NAE_kihelkonnakohtute_kirjad_ja_protokollid_1869-1889, lk 4
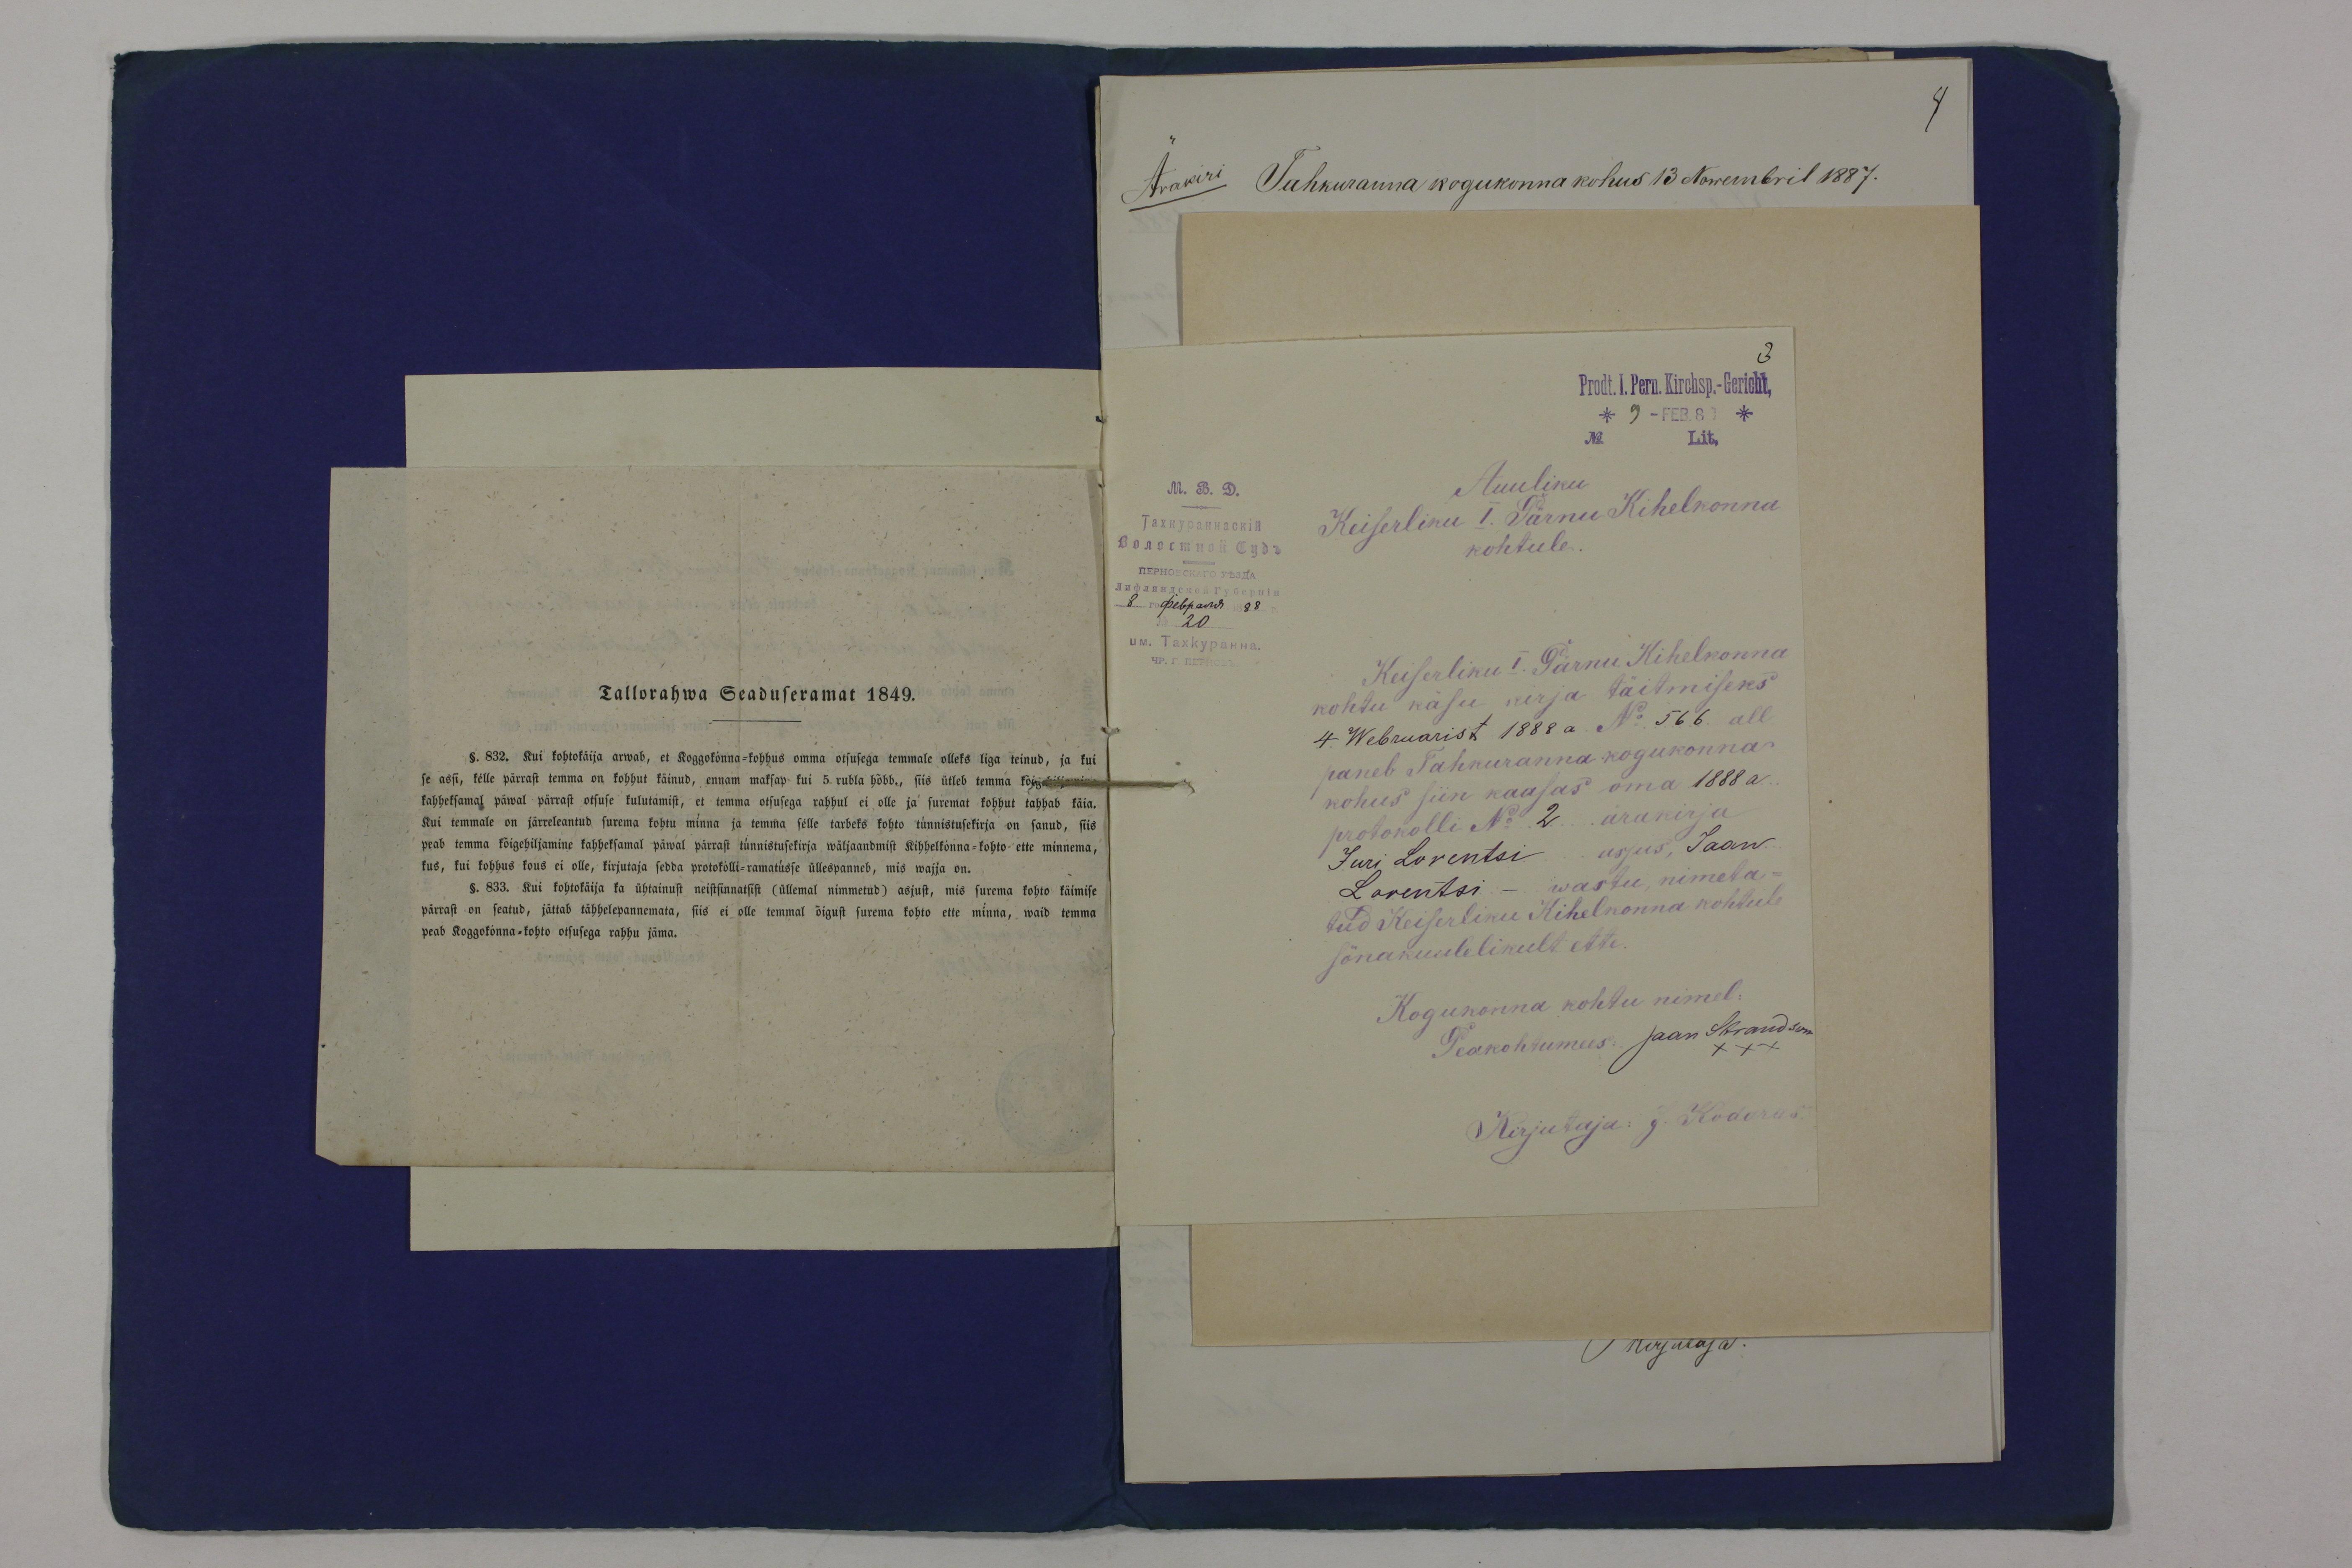
Tallorahwa Seaduseramat 1849.
§. 832. Kui kohtokäija arwab, et Koggokonna-kohhus omma otsusega temmale olleks liga teinud, ja kui
se assi, kelle pärrast temma on kohhut käinud, ennam maksap kui 5 rubla hõbb., siis ütleb temma kõigehiljamine
kahheksamal päwal pärrast otsuse kulutamist, et temma otsusega rahhul ei olle ja suremat kohhut tahhab käia.
Kui temmale on järreleantud surema kohtu minna ja temma selle tarbeks kohto tunnistusekirja on sanud, siis
peab temma kõigehiljamine kahheksamal päwal pärrast tunnistusekirja wäljaandmist Kihhelkonna-kohto ette minnema,
kus, kui kohhus kous ei olle, kirjutaja sedda protokolli-ramatusse üllespanneb, mis wajja on.
§. 833. Kui kohtokäija ka ühtainust neistsinnatsist (üllemal nimmetud) asjust, mis surema kohto käimise
pärrast on seatud, jättab tähhelepannemata, siis ei olle temmal õigust surema kohto ette minna, waid temma
peab koggokonna-kohto otsusega rahhu jäma.

Ärakiri Tahkuranna kogukonna kohus 13 Nowembril 1887.
Auuline
Keiserliku I. Pärnu Kihelkonna
kohtule
KeiserlikuI Pärnu Kihelkonna
kohtu käsu kirja täitmiseks
4 Webruarist 1888 No: 566 all
paneb Tahkuranna kogukonna-
kohus siin kaasas oma 1888 a.
protokolli No 2 ärakirja
Juri Lorentsi asjus Jaan
Lorentsi - wastu, nimeta-
tud Keiserliku Kihelkonna kohtule
sõnakuulelikult ette.
Kogukonna kohtu nimel.
Peakohtumees Jaan Strandson